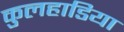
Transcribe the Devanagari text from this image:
कुलहाडिया